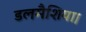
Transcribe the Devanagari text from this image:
डलमैशिया।